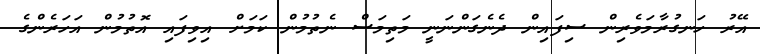
އޭރު ހަނގުރާމަވެރިން ސިފައިން ދެނެގަންނަނީ މަތިމަސް ނެތުމުން ކަމަށް އިވިފައި އޮތުމުން އަހަރެންގެ